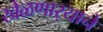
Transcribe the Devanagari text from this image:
खेळणार्‍याने